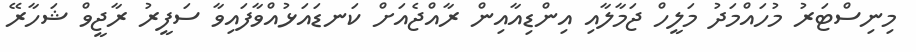
މިނިސްޓަރު މުހައްމަދު މަލީހް ޖަމާލާއި އިންޑިއާއިން ރާއްޖެއަށް ކަނޑައަޅުއްވާފައިވާ ސަފީރު ރާޖީވް ޝަހާރޭ